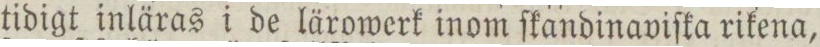
tidigt inläras i de lärowerk inom ſkandinaviſka rikena,